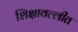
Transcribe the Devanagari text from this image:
शिक्षावल्लीत